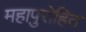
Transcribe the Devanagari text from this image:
महापुरोहित